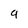
Character: 9